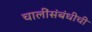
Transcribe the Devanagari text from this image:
चालींसंबंधीची